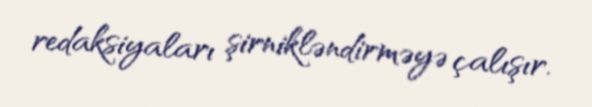
redaksiyaları şirnikləndirməyə çalışır.